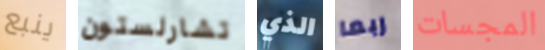
ينبع تشارلستون الذي ربما المجسات